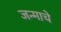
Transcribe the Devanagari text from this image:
जन्माचेे